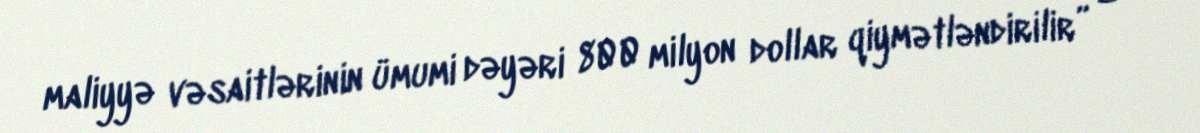
maliyyə vəsaitlərinin ümumi dəyəri 800 milyon dollar qiymətləndirilir” –